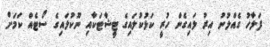
ފަލާހު ގެއްލުނު އިރު ލައިގެން ހުރީ ކަޅުކުލައިގެ ޓީޝާޓަކާއި ނޫކުލައިގެ ސޯޓެއް ކަމަށް